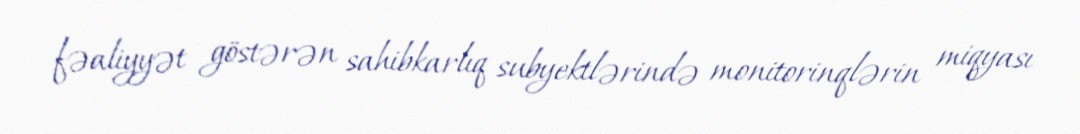
fəaliyyət göstərən sahibkarlıq subyektlərində monitorinqlərin miqyası